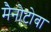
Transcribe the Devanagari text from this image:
मैनोटोबा